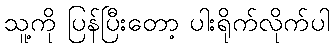
သူ့ကို ပြန်ပြီးတော့ ပါးရိုက်လိုက်ပါ